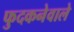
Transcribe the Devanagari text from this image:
फुदकनेवाले